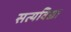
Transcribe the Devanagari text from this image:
सत्यविद्या